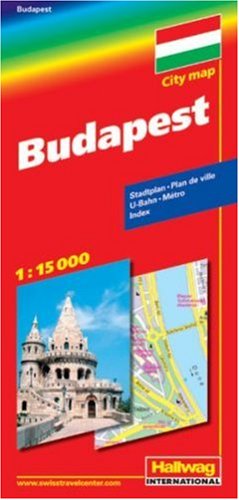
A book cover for Budapest City Map (Multilingual Edition); Travel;